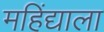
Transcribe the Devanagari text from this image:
महिंद्याला